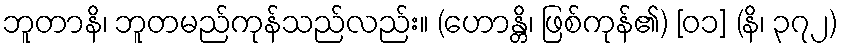
ဘူတာနိ၊ ဘူတမည်ကုန်သည်လည်း။ (ဟောန္တိ၊ ဖြစ်ကုန်၏) [၀၁] (နိ၊ ၃၇၂)